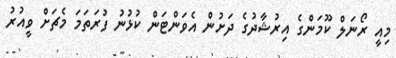
މިއީ ރޯނަލް ކޫމަންގެ އިރުޝާދުގެ ދަށުން އެވަންޓަން ކުޅުނު ފުރަތަމަ މެޗަށް ވީއުރު